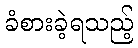
ခံစားခဲ့ရသည့်